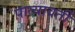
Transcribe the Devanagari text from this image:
पात्यावर्ती